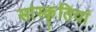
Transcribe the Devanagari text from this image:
सांस्कृतियां